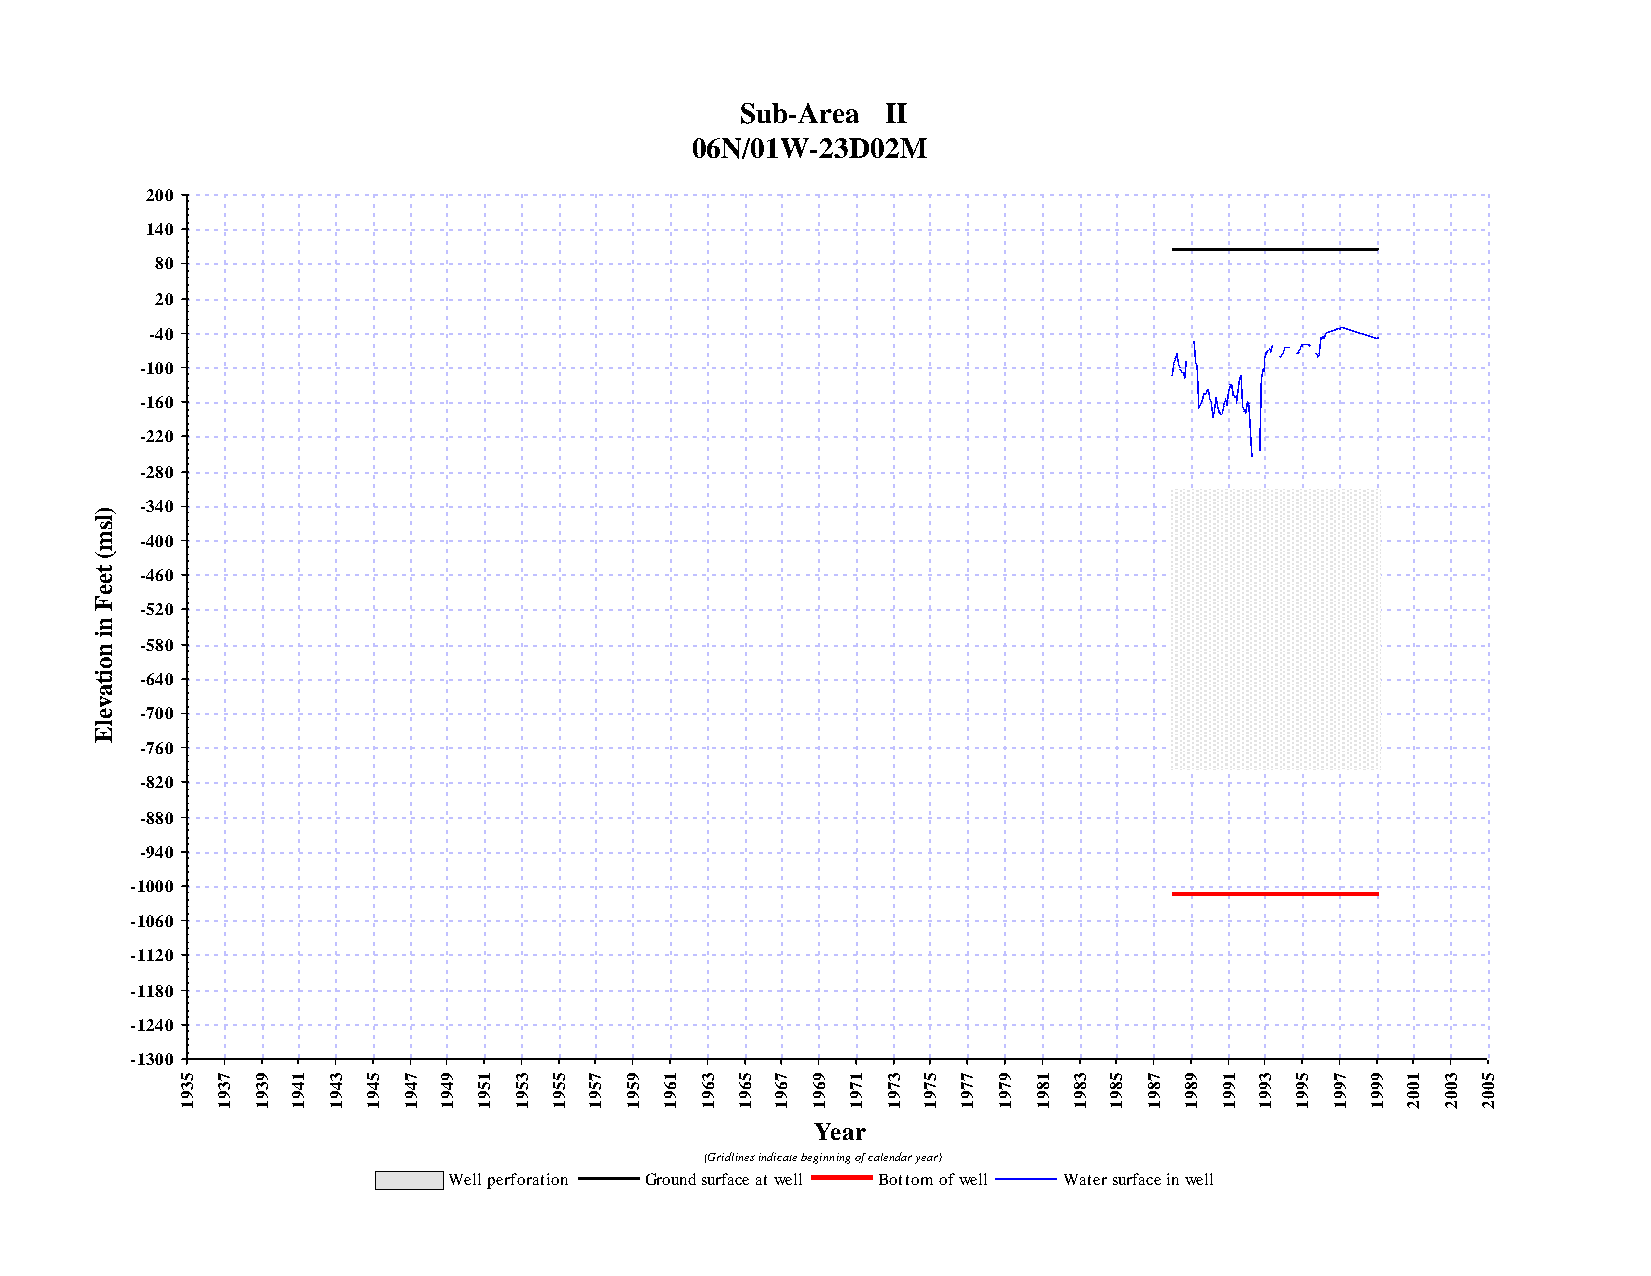
Sub-Area  II
 06N/01W-23D02M
 200
 140
 80
 20
 -40
 -100
 -160
 -220
 -280
 -340
 )
 l
 s
 m  -400
 (
 t e -460
 e
 F
 -520
 n
 i
 n  -580
 o
 i t -640
 a
 v
 e  -700
 l
 E
 -760
 -820
 -880
 -940
 -1000
 -1060
 -1120
 -1180
 -1240
 -1300
 5 7  9 1  3 5  7 9  1 3  5 7 9  1 3  5 7  9 1  3 5  7 9 1  3 5  7 9  1 3  5 7  9 1  3 5
 3 3  3 4  4 4  4 4  5 5  5 5 5  6 6  6 6  6 7  7 7  7 7 8  8 8  8 8  9 9  9 9  9 0  0 0
 9 9  9 9  9 9  9 9  9 9  9 9 9  9 9  9 9  9 9  9 9  9 9 9  9 9  9 9  9 9  9 9  9 0  0 0
 1 1  1 1  1 1  1 1  1 1  1 1 1  1 1  1 1  1 1  1 1  1 1 1  1 1  1 1  1 1  1 1  1 2  2 2
 Year
 (Gridlines indicate beginning of calendar year)
 Well perforation Ground surface at well Bottom of well Water surface in well